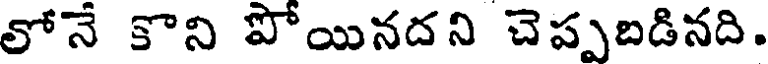
లోనే కొని పోయినదని చెప్పబడినది.